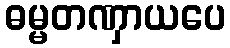
ဓမ္မတဏှာယပေ